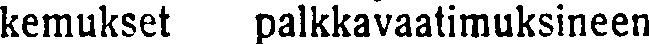
kemukset palkkavaatimuksineen